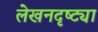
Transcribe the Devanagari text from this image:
लेखनदृष्ट्या